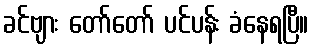
ခင်ဗျား တော်တော် ပင်ပန်း ခံနေရပြီ။